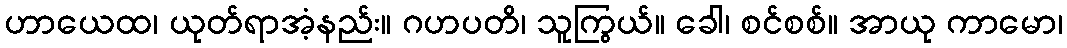
ဟာယေထ၊ ယုတ်ရာအံ့နည်း။ ဂဟပတိ၊ သူကြွယ်။ ခေါ၊ စင်စစ်။ အာယု ကာမော၊